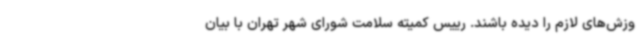
وزش‌های لازم را دیده باشند. رییس کمیته سلامت شورای شهر تهران با بیان